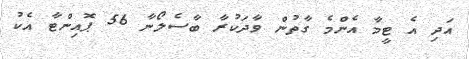
އަދި އެ ޓީމާ އެންމެ ގާތުން ވާދަކުރާ ބާސެލޯނާ 56 ޕޮއިންޓާ އެކު